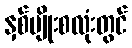
နှစ်မျိုးစလုံးတွင်